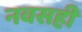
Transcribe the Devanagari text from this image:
नवसही